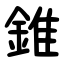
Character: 錐